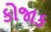
કોજાક